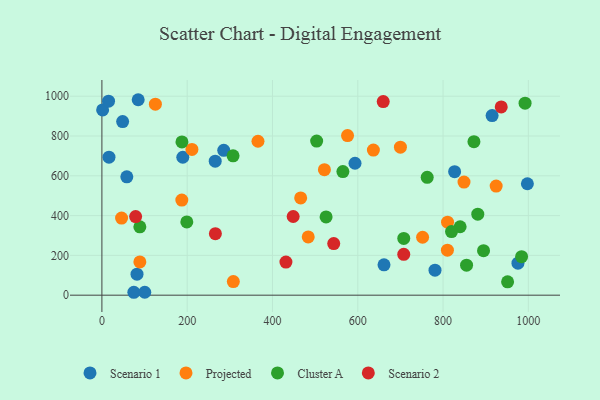
{"axis": {"x": "Distance", "y": "Fuel Efficiency"}, "legend": ["Cluster A", "Projected", "Scenario 1", "Scenario 2"], "data": [{"x": "48.6", "y": 872.6, "type": "Scenario 1"}, {"x": "1.7", "y": 931.3, "type": "Scenario 1"}, {"x": "74.9", "y": 14.6, "type": "Scenario 1"}, {"x": "593.5", "y": 663.1, "type": "Scenario 1"}, {"x": "58.4", "y": 594.8, "type": "Scenario 1"}, {"x": "827.1", "y": 620.7, "type": "Scenario 1"}, {"x": "997.7", "y": 560.1, "type": "Scenario 1"}, {"x": "915.0", "y": 902.6, "type": "Scenario 1"}, {"x": "781.1", "y": 125.6, "type": "Scenario 1"}, {"x": "85.1", "y": 982.5, "type": "Scenario 1"}, {"x": "189.7", "y": 693.4, "type": "Scenario 1"}, {"x": "661.5", "y": 152.7, "type": "Scenario 1"}, {"x": "265.7", "y": 673.8, "type": "Scenario 1"}, {"x": "975.6", "y": 160.7, "type": "Scenario 1"}, {"x": "16.6", "y": 693.6, "type": "Scenario 1"}, {"x": "82.3", "y": 105.8, "type": "Scenario 1"}, {"x": "15.6", "y": 975.1, "type": "Scenario 1"}, {"x": "285.7", "y": 728.2, "type": "Scenario 1"}, {"x": "100.5", "y": 14.8, "type": "Scenario 1"}, {"x": "308.2", "y": 68.3, "type": "Projected"}, {"x": "636.6", "y": 729.3, "type": "Projected"}, {"x": "700.0", "y": 743.8, "type": "Projected"}, {"x": "810.5", "y": 367.2, "type": "Projected"}, {"x": "576.0", "y": 802.2, "type": "Projected"}, {"x": "810.2", "y": 226.4, "type": "Projected"}, {"x": "752.0", "y": 291.1, "type": "Projected"}, {"x": "211.1", "y": 732.8, "type": "Projected"}, {"x": "849.1", "y": 568.6, "type": "Projected"}, {"x": "366.0", "y": 773.7, "type": "Projected"}, {"x": "89.0", "y": 167.1, "type": "Projected"}, {"x": "483.8", "y": 292.6, "type": "Projected"}, {"x": "466.1", "y": 488.7, "type": "Projected"}, {"x": "187.4", "y": 477.9, "type": "Projected"}, {"x": "521.8", "y": 630.8, "type": "Projected"}, {"x": "924.5", "y": 548.4, "type": "Projected"}, {"x": "46.1", "y": 387.4, "type": "Projected"}, {"x": "125.4", "y": 960.3, "type": "Projected"}, {"x": "89.0", "y": 343.5, "type": "Cluster A"}, {"x": "199.1", "y": 368.0, "type": "Cluster A"}, {"x": "840.0", "y": 343.9, "type": "Cluster A"}, {"x": "872.4", "y": 771.6, "type": "Cluster A"}, {"x": "894.9", "y": 223.9, "type": "Cluster A"}, {"x": "992.3", "y": 965.4, "type": "Cluster A"}, {"x": "565.1", "y": 621.4, "type": "Cluster A"}, {"x": "307.6", "y": 700.7, "type": "Cluster A"}, {"x": "855.1", "y": 150.8, "type": "Cluster A"}, {"x": "187.7", "y": 770.4, "type": "Cluster A"}, {"x": "951.3", "y": 67.1, "type": "Cluster A"}, {"x": "503.6", "y": 774.6, "type": "Cluster A"}, {"x": "984.1", "y": 193.4, "type": "Cluster A"}, {"x": "707.8", "y": 285.2, "type": "Cluster A"}, {"x": "762.8", "y": 592.4, "type": "Cluster A"}, {"x": "525.7", "y": 393.3, "type": "Cluster A"}, {"x": "819.8", "y": 319.8, "type": "Cluster A"}, {"x": "881.4", "y": 407.0, "type": "Cluster A"}, {"x": "431.5", "y": 166.2, "type": "Scenario 2"}, {"x": "707.8", "y": 205.2, "type": "Scenario 2"}, {"x": "266.1", "y": 309.3, "type": "Scenario 2"}, {"x": "448.5", "y": 395.5, "type": "Scenario 2"}, {"x": "543.6", "y": 259.4, "type": "Scenario 2"}, {"x": "79.1", "y": 395.0, "type": "Scenario 2"}, {"x": "936.4", "y": 946.2, "type": "Scenario 2"}, {"x": "659.7", "y": 973.3, "type": "Scenario 2"}]}